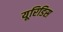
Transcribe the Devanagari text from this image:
यूरिडिस